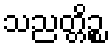
သညတ္တိဉ္စ